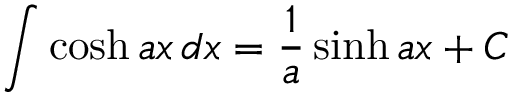
\int \cosh a x \, d x = { \frac { 1 } { a } } \sinh a x + C